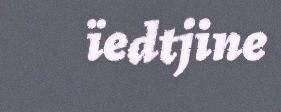
ïedtjine